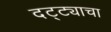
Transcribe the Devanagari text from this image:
दट्ट्याचा